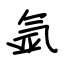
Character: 氩